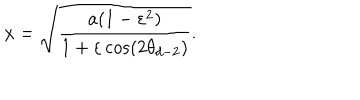
x = \sqrt { \frac { a ( 1 - \varepsilon ^ { 2 } ) } { 1 + \varepsilon \cos ( 2 \theta _ { d - 2 } ) } } .